65_HS1-834228961_62-HQ-83894_Section_9
Agency: FBI
Page 185
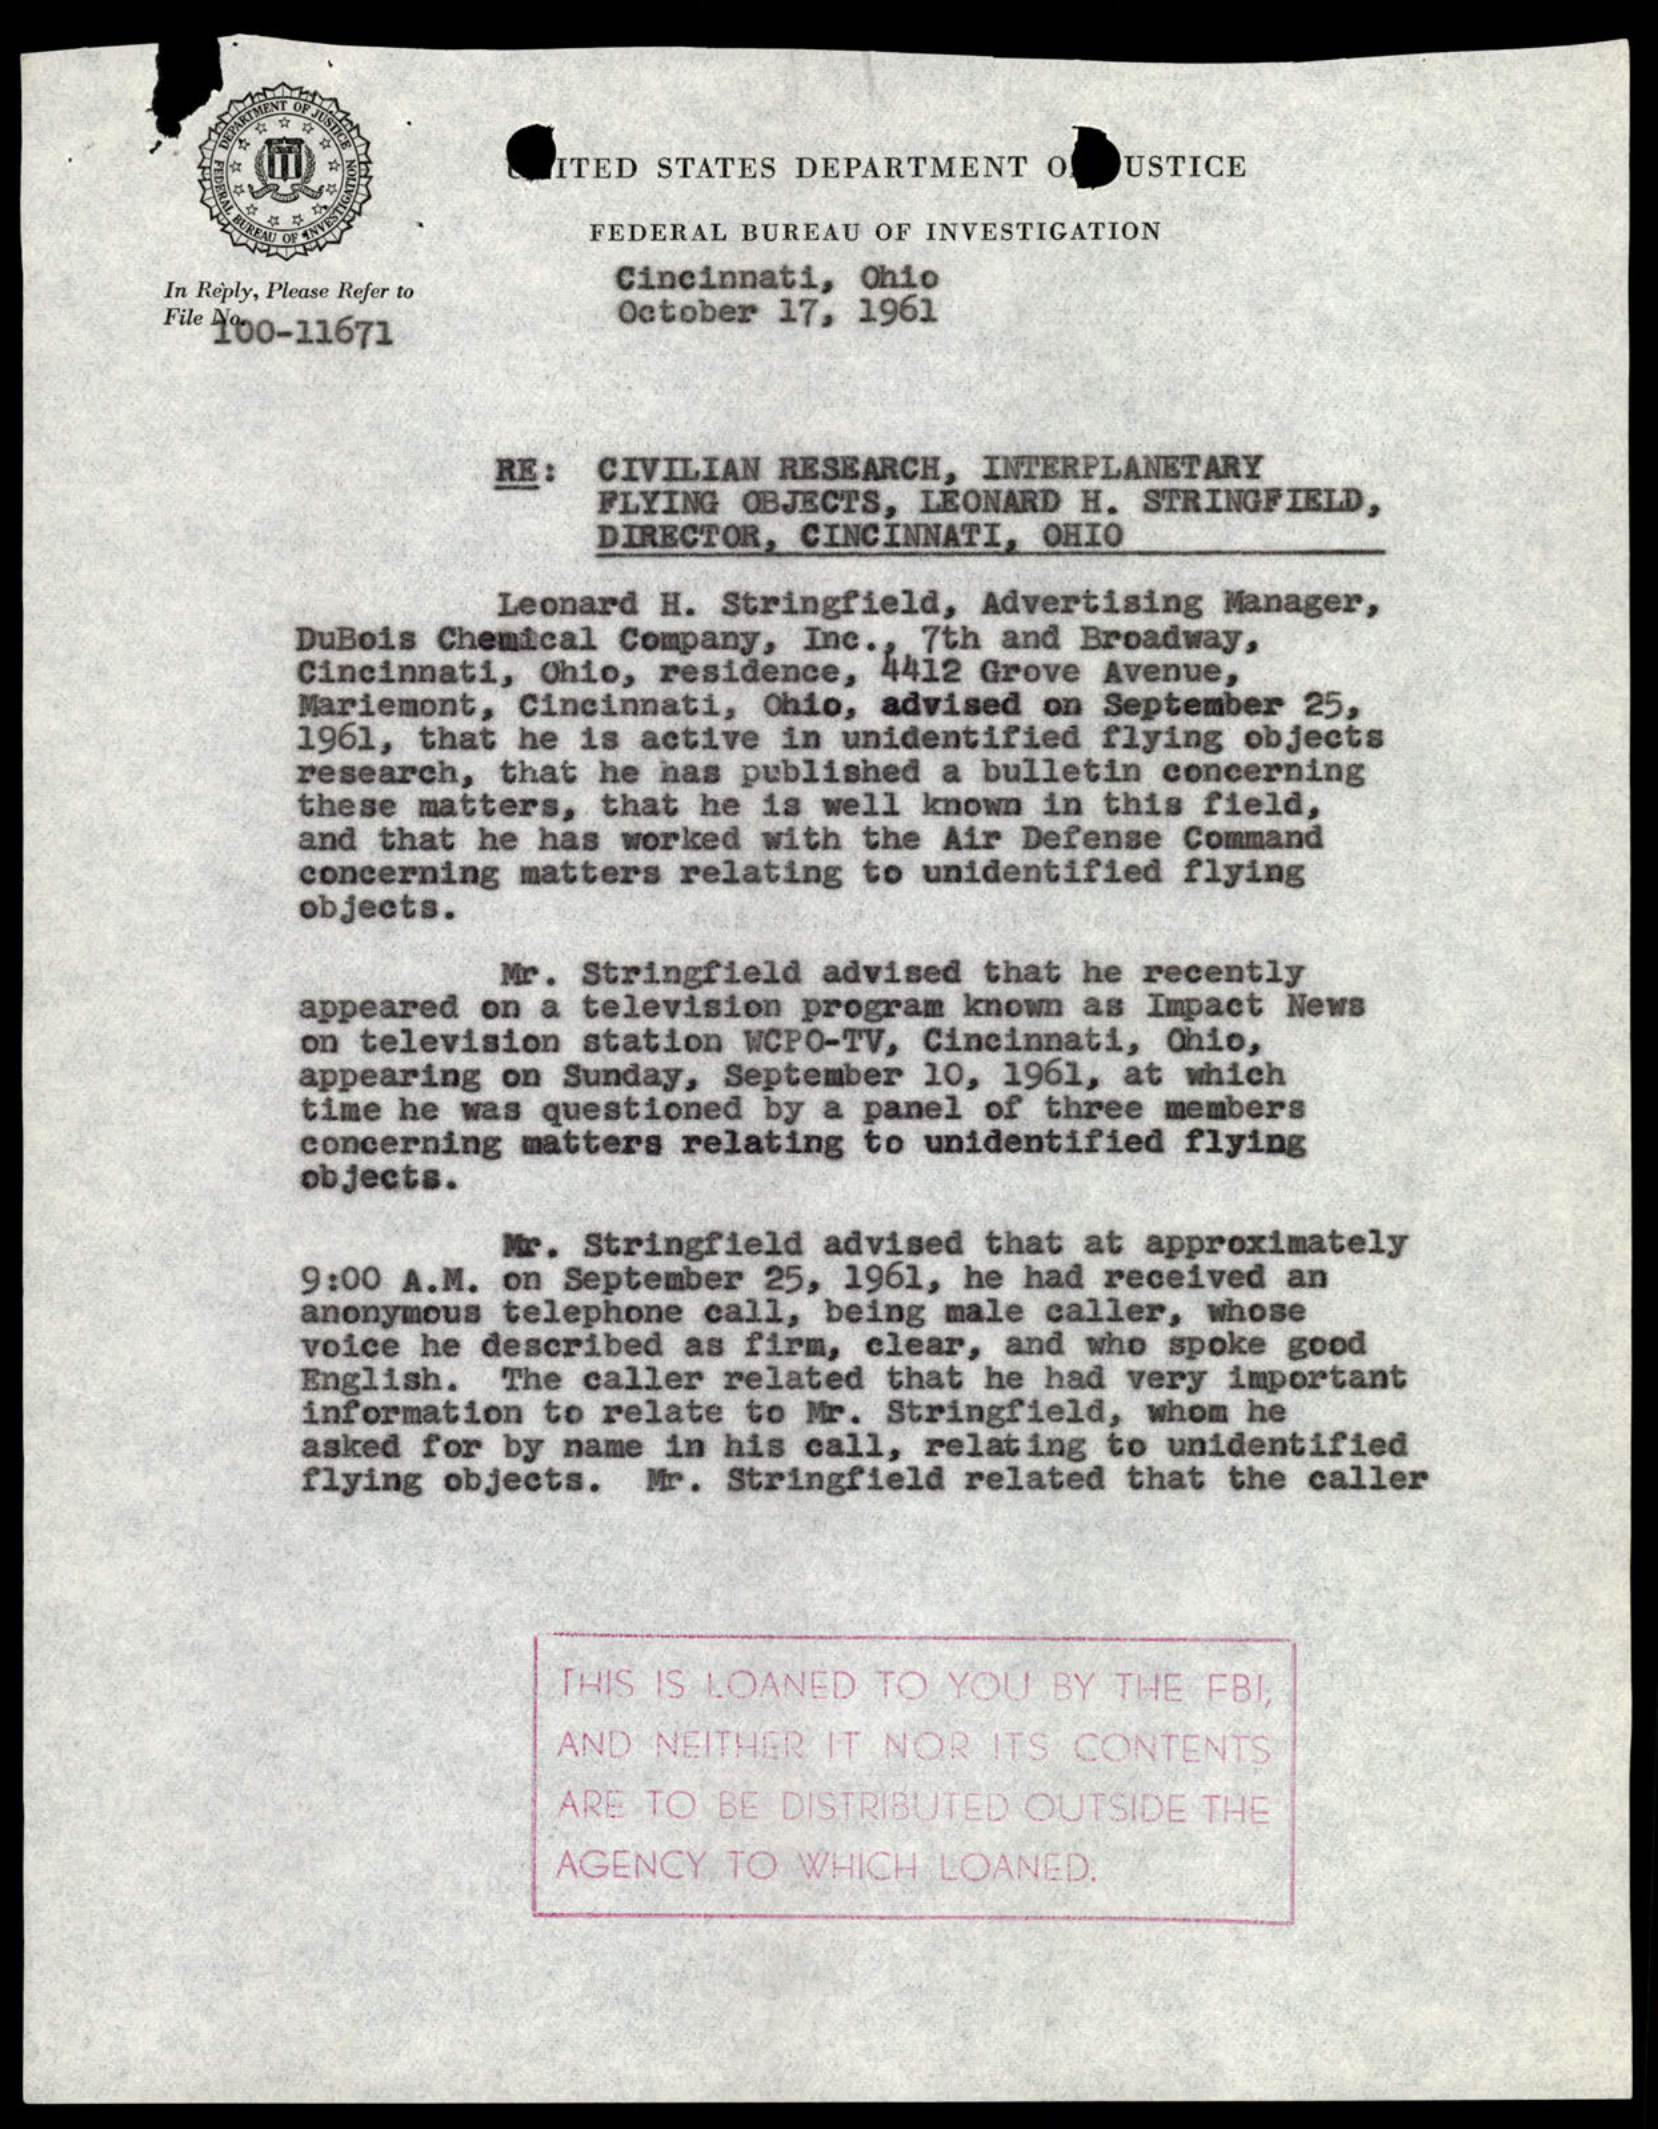